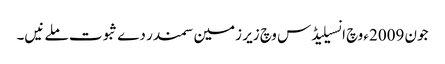
جون 2009ء وچ انسیلیڈس وچ زیر زمین سمندر دے ثبوت ملے نیں۔